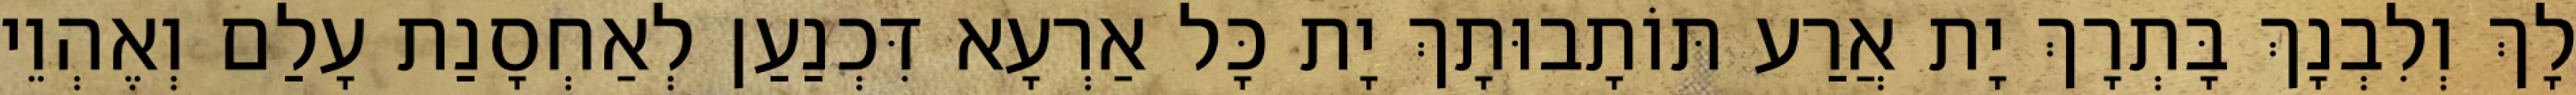
לָךְ וְלִבְנָךְ בָּתְרָךְ יָת אֲרַע תּוֹתָבוּתָךְ יָת כָּל אַרְעָא דִּכְנַעַן לְאַחְסָנַת עָלַם וְאֶהְוֵי